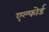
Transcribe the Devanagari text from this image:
एल्फोर्ड